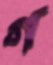
গ